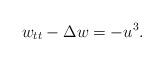
LaTeX: \begin{align*}w_{tt} - \Delta w = -u^{3}.\end{align*}